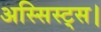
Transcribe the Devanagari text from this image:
अस्सिस्ट्स।